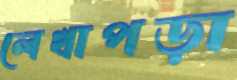
লেখাপড়া